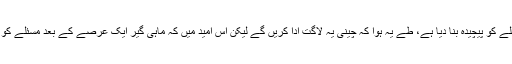
ایک اور افسر کے مطابق بیوروکریسی نے اس مسئلے کو پیچیدہ بنا دیا ہے، طے یہ ہوا کہ چینی یہ لاگت ادا کریں گے لیکن اس امید میں کہ ماہی گیر ایک عرصے کے بعد مسئلے کو بھول جائیں گے، یہ عمل تاخیر کا شکار ہوگیا ہے۔